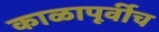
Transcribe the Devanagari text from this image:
काळापूर्वीच